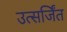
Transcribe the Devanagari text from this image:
उत्सर्जिंत